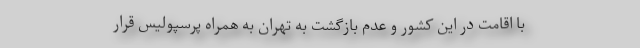
با اقامت در این کشور و عدم بازگشت به تهران به همراه پرسپولیس قرار